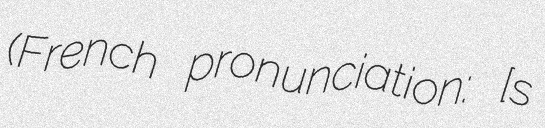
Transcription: (French pronunciation: ​[sɛ̃